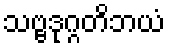
သဗ္ဗဒုဂ္ဂတိဘယံ